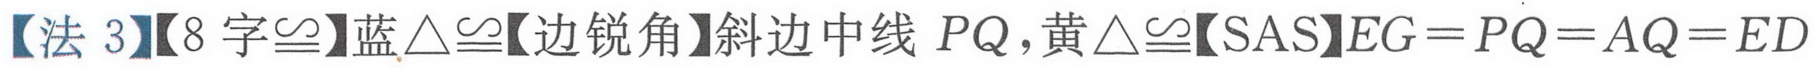
【法 3】【8 字\(\cong\)】蓝\(\triangle\cong\)【边锐角】斜边中线 \(PQ\)，黄\(\triangle\cong\)【SAS】\(EG = PQ = AQ = ED\)